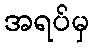
အရပ်မှ